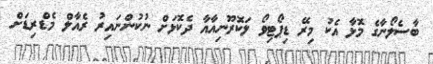
ބާސެލޯނާގެ މޮޅާ އެކު މިރޭ ޑިޕޯޓިވޯ ލަކޮރޫނިއާއާ ދެކޮޅަށް ނުކުންނައިރު ރެއާލް މެޑްރިޑަށް